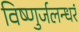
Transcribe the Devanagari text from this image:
विष्णुर्जलन्धरं